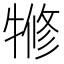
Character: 㹋